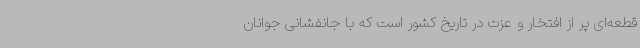
قطعه‌ای پر از افتخار و عزت در تاریخ کشور است که با جانفشانی جوانان